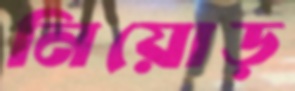
নিয়োড়